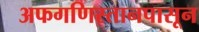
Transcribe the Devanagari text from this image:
अफगणिस्तानपासून